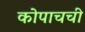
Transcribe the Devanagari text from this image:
कोपाचची